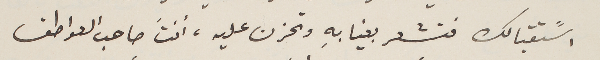
اسًتقبالك فتشعر بغيابِه وتحزن عليه، أنتَ صاحب العواطف